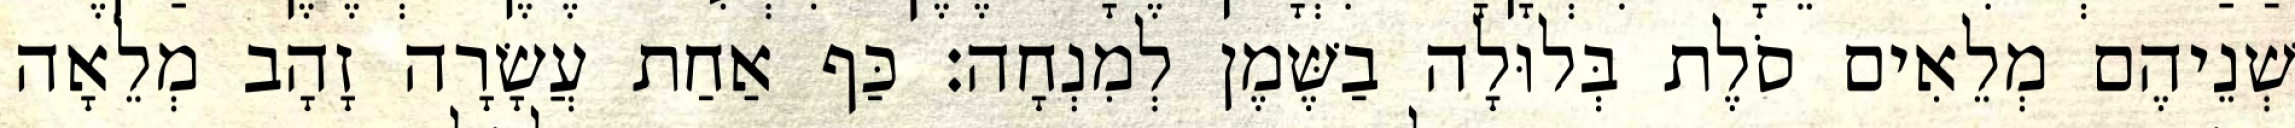
שְׁנֵיהֶם מְלֵאִים סֹלֶת בְּלוּלָה בַשֶּׁמֶן לְמִנְחָה׃ כַּף אַחַת עֲשָׂרָה זָהָב מְלֵאָה